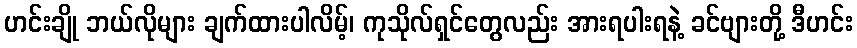
ဟင်းချို ဘယ်လိုများ ချက်ထားပါလိမ့်၊ ကုသိုလ်ရှင်တွေလည်း အားရပါးရနဲ့ ခင်ဗျားတို့ ဒီဟင်း